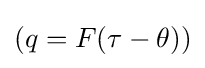
(q=F(\tau -\theta ))